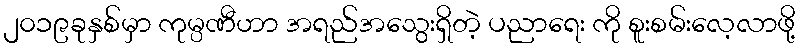
၂၀၁၉ခုနှစ်မှာ ကုမ္ပဏီဟာ အရည်အသွေးရှိတဲ့ ပညာရေး ကို စူးစမ်းလေ့လာဖို့